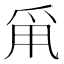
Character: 𤔆